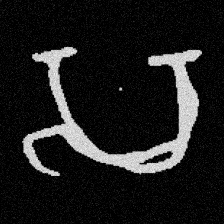
Pyu character \u2014 Myanmar letter: သ (romanized: sa)